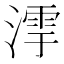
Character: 𣼻